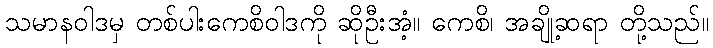
သမာနဝါဒမှ တစ်ပါးကေစိဝါဒကို ဆိုဦးအံ့။ ကေစိ၊ အချို့ဆရာ တို့သည်။